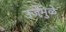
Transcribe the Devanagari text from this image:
उर्जेमुळे